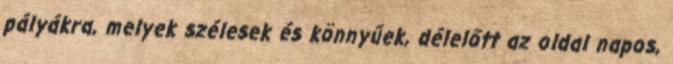
pályákra, melyek szélesek és könnyűek, délelőtt az oldal napos,